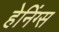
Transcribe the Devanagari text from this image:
हेनिंग्स